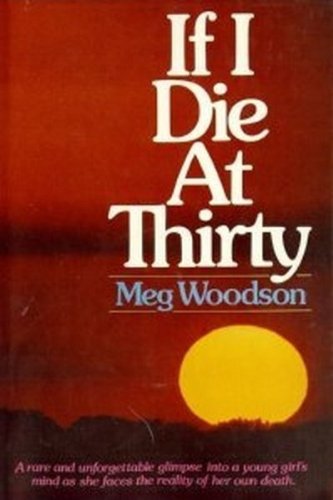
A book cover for If I Die at Thirty; Meg. Woodson; Health, Fitness & Dieting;